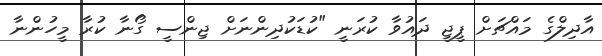
އާދިލްގެ މައްޗަށް ޕީޖީ ދައުވާ ކުރަނީ "ކުޑަކުދިންނަށް ޖިންސީ ގޯނާ ކުރާ މީހުންނާ